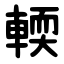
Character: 輭